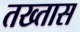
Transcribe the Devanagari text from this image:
तख्तास